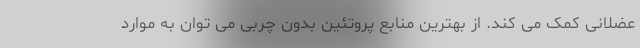
عضلانی کمک می کند. از بهترین منابع پروتئین بدون چربی می توان به موارد